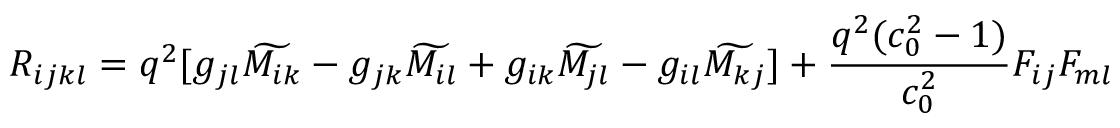
R _ { i j k l } = q ^ { 2 } [ g _ { j l } \widetilde { M _ { i k } } - g _ { j k } \widetilde { M _ { i l } } + g _ { i k } \widetilde { M _ { j l } } - g _ { i l } \widetilde { M _ { k j } } ] + { \frac { q ^ { 2 } ( c _ { 0 } ^ { 2 } - 1 ) } { c _ { 0 } ^ { 2 } } } F _ { i j } F _ { m l }